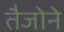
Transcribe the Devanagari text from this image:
तैजोने